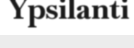
Ypsilanti